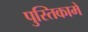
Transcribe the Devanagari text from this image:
पुस्‍तिकामें